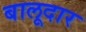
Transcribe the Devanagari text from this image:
बालूदार